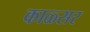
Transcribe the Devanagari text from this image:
काळ्सर